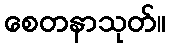
စေတနာသုတ်။